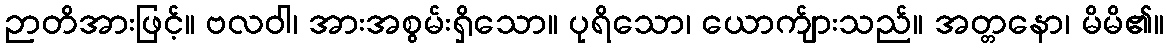
ဉာတိအားဖြင့်။ ဗလဝါ၊ အားအစွမ်းရှိသော။ ပုရိသော၊ ယောက်ျားသည်။ အတ္တနော၊ မိမိ၏။